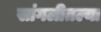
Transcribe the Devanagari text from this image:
सांगलीतल्या